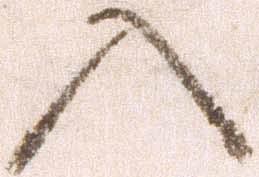
入